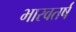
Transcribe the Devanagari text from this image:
भारवतर्ष